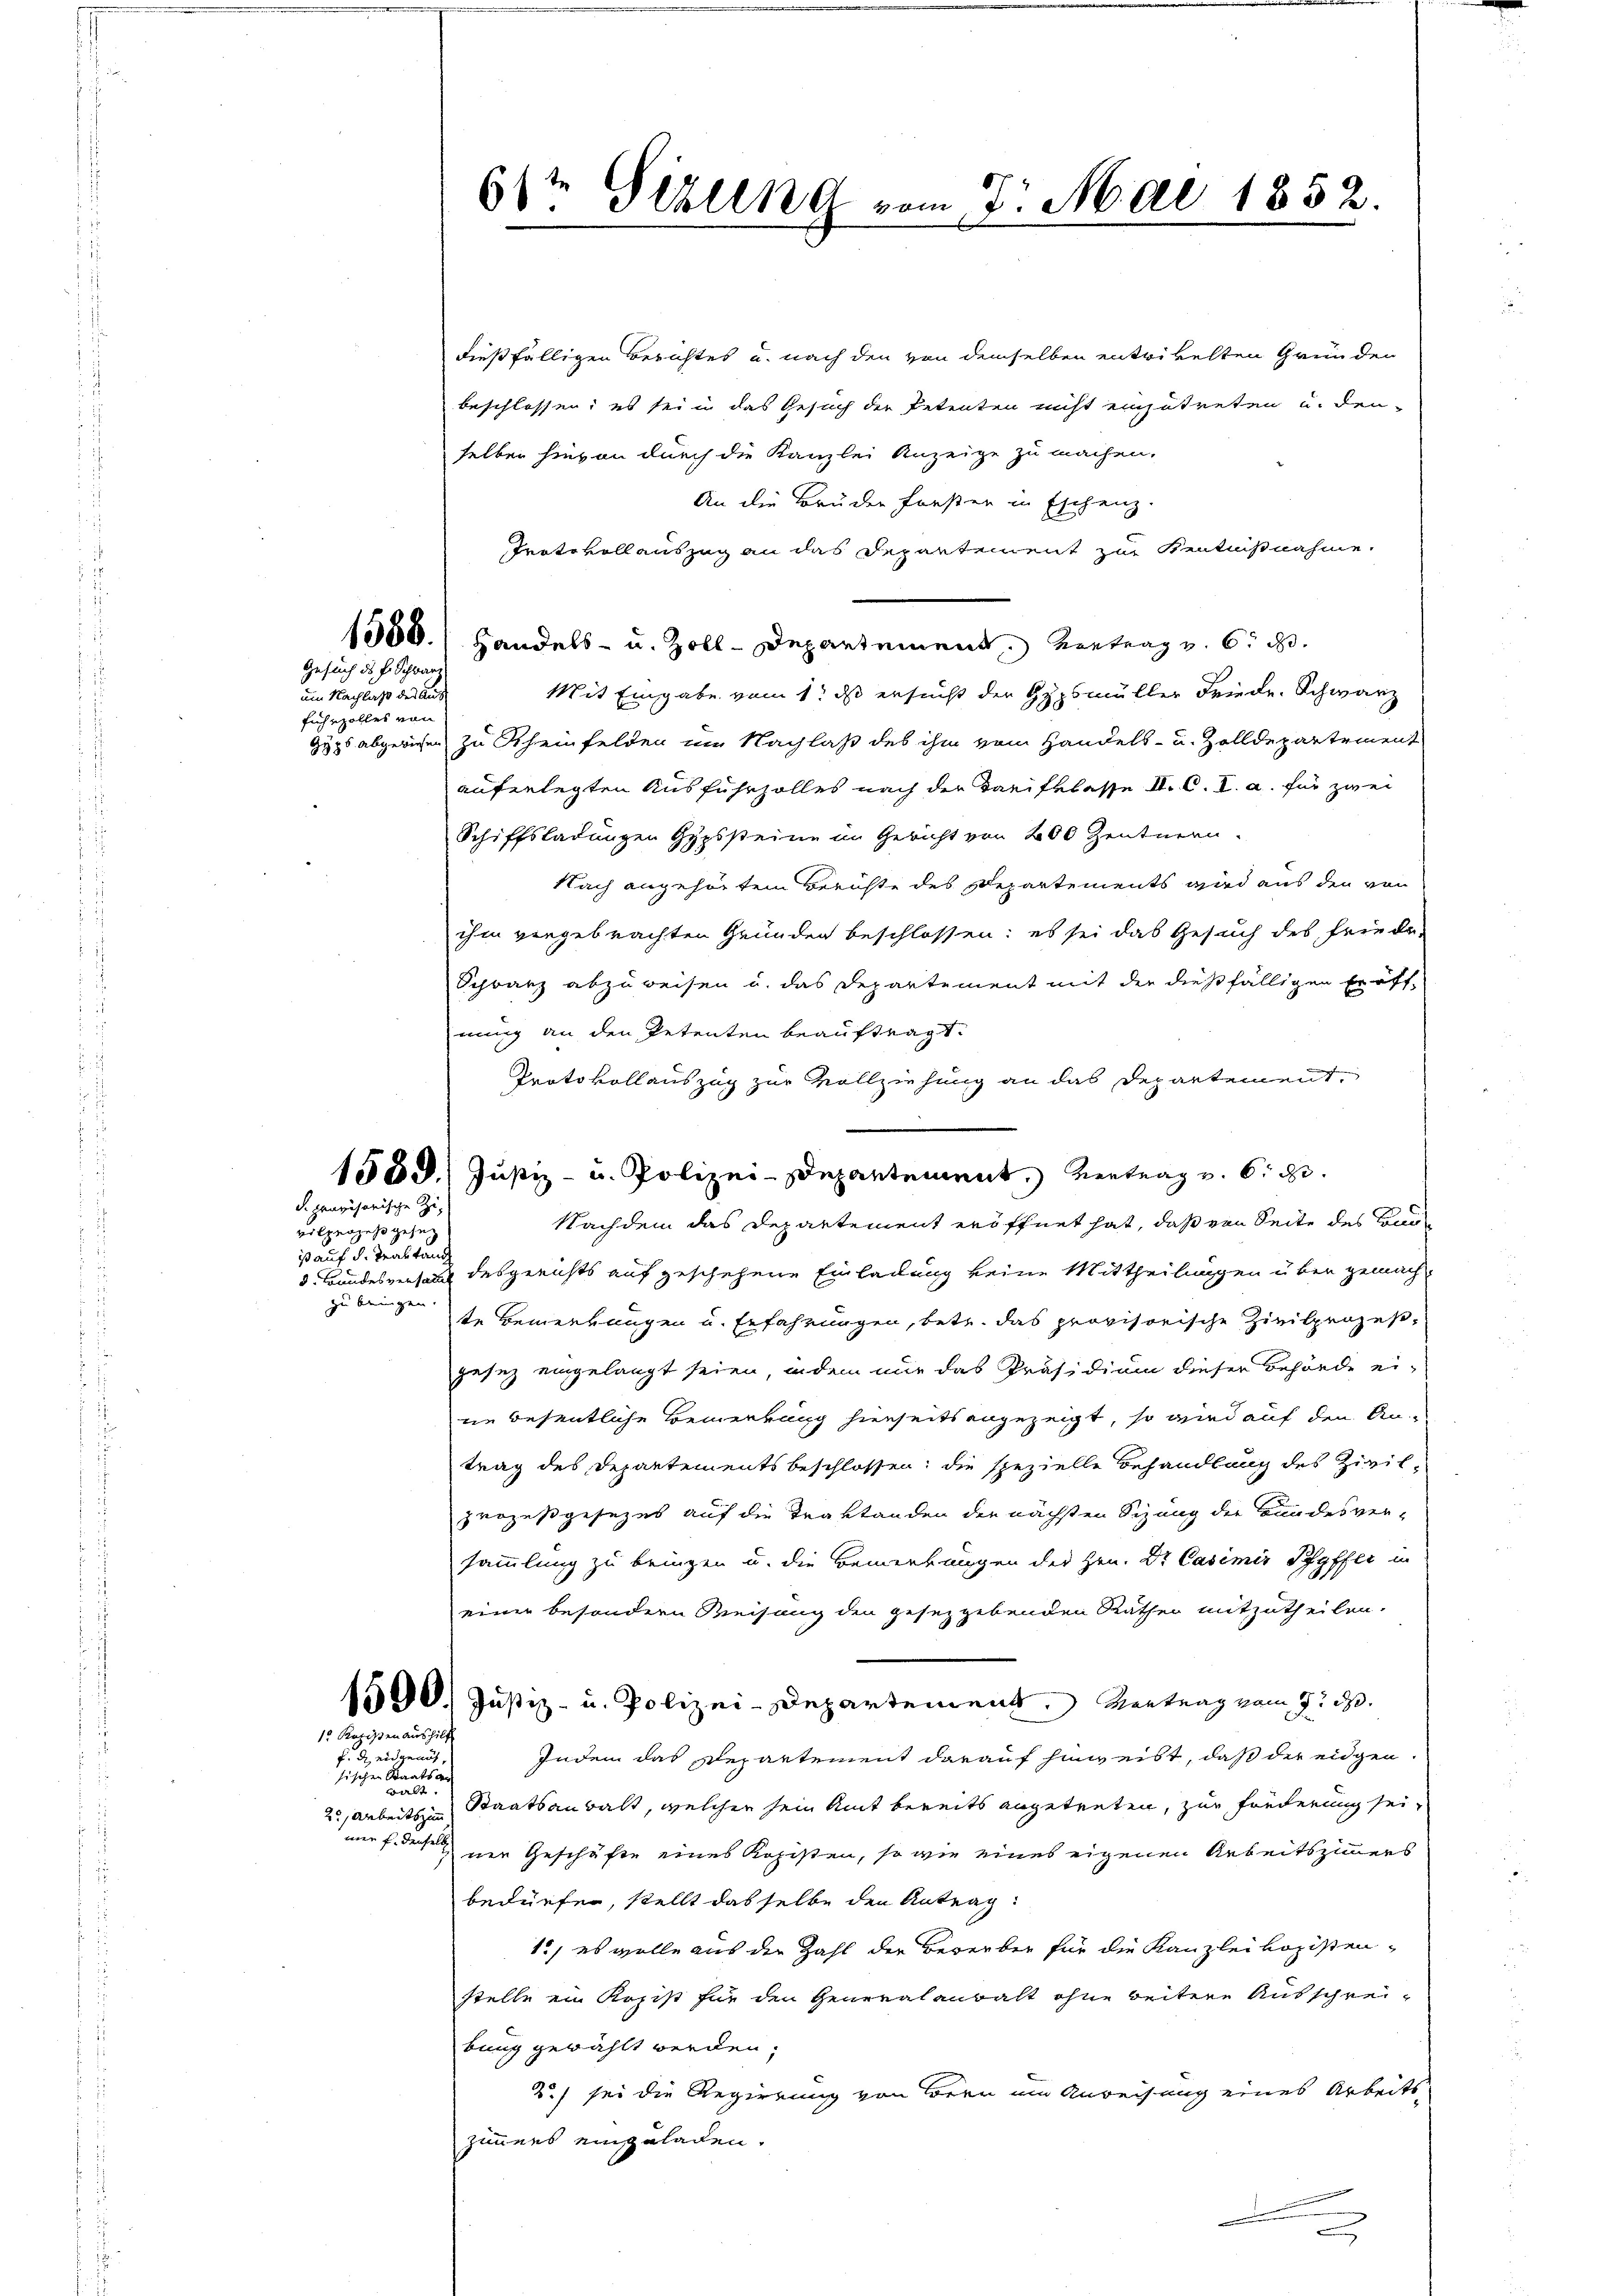
Gesuch des H. Schwarz
um Nachlaß der Aus
fuhrzolles von

is auf d. Traktand
zu bringen.

F. provisorische Zu
vilperzehr gesez

1 Kozisten aushilf

f. d. eidgenöth
sischen Staatsan
a
20, Arbeitszimm
mer f. denselb

61t Sizung vom 7. Mai 1852.

dießfälligen Berichtes u. nach den von demselben entrikelten Gründen
beschlossen; es sei in das Gesuch der Petenten nicht einzutreten u. den
selben hievon durch die Kanzlei Anzeige zu machen.
An die Bruden forster in Eschenz
Trotokollauszug an das Departement zur Kentnißnahme.
1550. / Handels- u. Zoll-Departement, Vortrag v. 6. d.
Mit Eingabe vom 1t ds ersucht der Gypsmüller Friedr. Schwarz
Hyps abgewiesen zu Scheinfelden im Nachlaß des ihm vom Handels- u. Zolldepartement
auferlegten Ausfuhrzolles nach der Tarifklasse II. C. V. a. für zwei
Schiffsladungen Gypssteine im Gericht von 400 Zentnern.
Nach angehörtem Berichte des Departements wird aus den von
ihm vergebrachten Gründen beschlossen: es sei das Gesuch des Friede-
Schwarz abzuweisen u. das Departement mit der dießfälligen Eröffnung an den Petenten beauftragt.
Protokollauszug zur Vollziehung an das Departement,
Nachdem das Departement eröffnet hat, daß von Seite des Bau¬
3 Bundesversandt desgerichts auf geschehene Einladung keine Mittheilungen über gemach
te Bemerkungen u. Erfahrungen, betr. das provisorische Zivilprozeßgesez eingelangt seien, indem nur das Präsidium dieser Behörde ei-
die Besentliche Bemerkung hierseits angezeigt, so wird auf den An-
trag des Departements beschlossen; die spezielle Behandlung des Zivilprozeßgesezes auf die Traktanden der nächsten Sizung der Bundesver-
sammlung zu bringen u. die Bemerkungen des Hrn. Dr Casimir Pfyffer in
einer besondern Weisung den gesezgebenden Rathes mitzutheilen.
1500. Justiz- u. Polizei-Departement. Vertrag vom 9. d.
Indem das Departement darauf hinweist, daß der eidgen
Staatsanwalt, welcher sein Amt bereits angetreten, zur Fonderung seinen Geschäfte eines Kopisten, so wie eines eigenen Arbeitszimmers
bedürfen, stellt das selbe den Antrag:
15, es wolle aus den Zahl der Bewerben für die Kanzlei vozisten-
stelle ein Kopist für den Generalanwalt ohne weitere Ausschrei-
bung gewählt werden,
2.) sei die Regierung von Bern um Anreisung eines Arbeits
zimmers eingeladen.
.

1558. Justiz- u. Polizei-Departement. Vertrag v. 6. d.